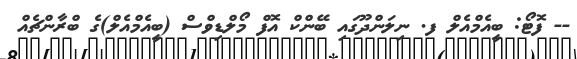
-- ފޮޓޯ: ބީއެމްއެލް ފ. ނިލަންދޫގައި ބޭންކް އޮފް މޯލްޑިވްސް (ބީއެމްއެލް)ގެ ބްރާންޗެއް